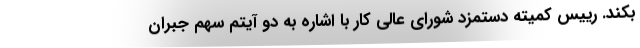
بكند. رييس كميته دستمزد شوراي عالي كار با اشاره به دو آيتم سهم جبران